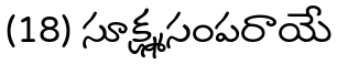
(18) సూక్ష్మసంపరాయే